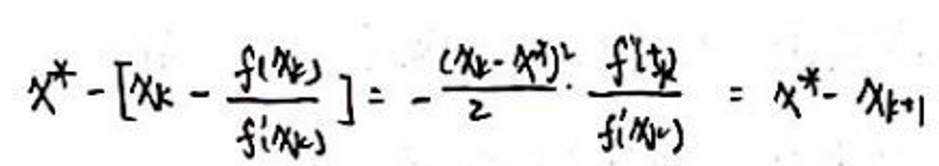
\[
x^{*}-\left[x_{k}-\frac{f\left(x_{k}\right)}{f^{\prime}\left(x_{k}\right)}\right]=-\frac{\left(x_{k}-x^{*}\right)^{2}}{2} \cdot \frac{f^{\prime \prime}(\xi)}{f^{\prime}\left(x_{k}\right)}=x^{*}-x_{k + 1}
\]